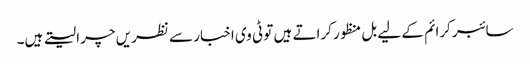
سائبر کرائم کے لیے بل منظور کراتے ہیں تو ٹی وی اخبار سے نظریں چرا لیتے ہیں۔